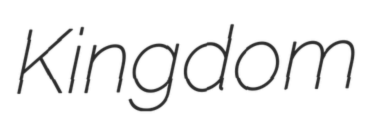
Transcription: Kingdom